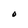
Character: O